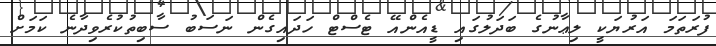
ފުރަތަމަ އަރުޔަކީ ލިޢާނުގެ ބަދަލުގައި ޑީއެންއޭ ޓެސްޓް ހަދައިގެން ނަސަބު ސާބިތުކުރެވިދާނެ ކަމަށް